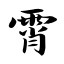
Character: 霄